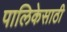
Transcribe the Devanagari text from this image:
पालिकेसाठी